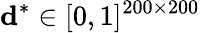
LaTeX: \boldsymbol{\mathrm{d}}^{*}\in[0,1]^{200\times200}